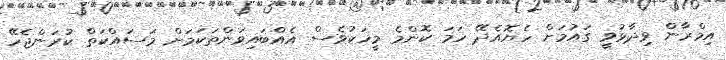
އިމްރާން ވިދާޅުވީ ގައުމަށް ހެޔޮއެދޭ ހަމަ ކޮންމެ މީހަކުވެސް އެއްބައިވަންތަކަމަށް މަސައްކަތް ކުރަންޖެހޭ